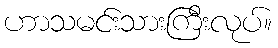
ဟာသမင်းသားကြီးလုပ်။